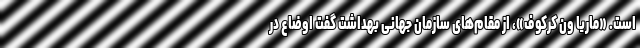
است. «ماریا ون کرکوف»، از مقام‌های سازمان جهانی بهداشت گفت اوضاع در